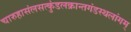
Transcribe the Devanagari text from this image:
चारुहासंलसत्कुंडलक्रान्तगंडस्थलांगम्‌